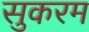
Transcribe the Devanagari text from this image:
सुकरम